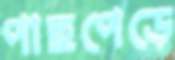
পাছপেড়ে